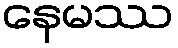
နေမဿ